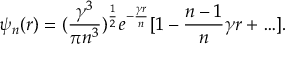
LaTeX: \psi _ { n } ( r ) = ( \frac { \gamma ^ { 3 } } { \pi n ^ { 3 } } ) ^ { \frac { 1 } { 2 } } e ^ { - \frac { \gamma r } { n } } [ 1 - \frac { n - 1 } { n } \gamma r + \ldots ] .